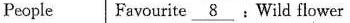
People Favourite \underline{8} : Wild flower